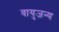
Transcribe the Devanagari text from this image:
वायुजन्य